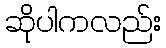
ဆိုပါကလည်း